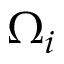
\Omega _ { i }